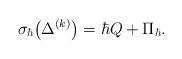
LaTeX: \begin{align*} \sigma_\hbar \big( \Delta^{(k)}\big)=\hbar Q+\Pi_\hbar.\end{align*}